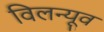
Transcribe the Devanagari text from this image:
विलन्यूव